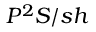
P ^ { 2 } S / s h